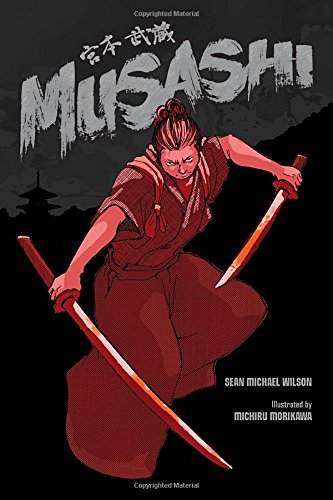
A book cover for Musashi (A Graphic Novel); Sean Michael Wilson; Comics & Graphic Novels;